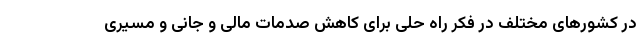
در کشور‌های مختلف در فکر راه حلی برای کاهش صدمات مالی و جانی و مسیری